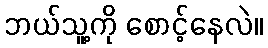
ဘယ်သူ့ကို စောင့်နေလဲ။